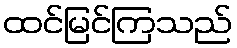
ထင်မြင်ကြသည်